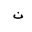
Letter: _non